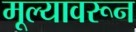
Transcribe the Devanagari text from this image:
मूल्यावरून